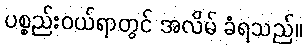
ပစ္စည်းဝယ်ရာတွင် အလိမ် ခံရသည်။